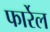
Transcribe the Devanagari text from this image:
फार्रेल